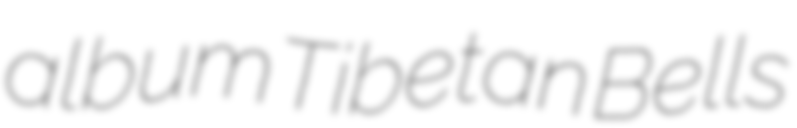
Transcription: album Tibetan Bells